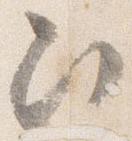
次